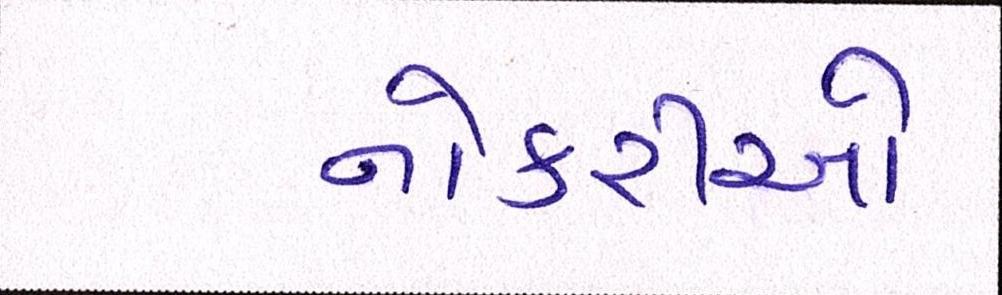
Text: નોકરીઓ